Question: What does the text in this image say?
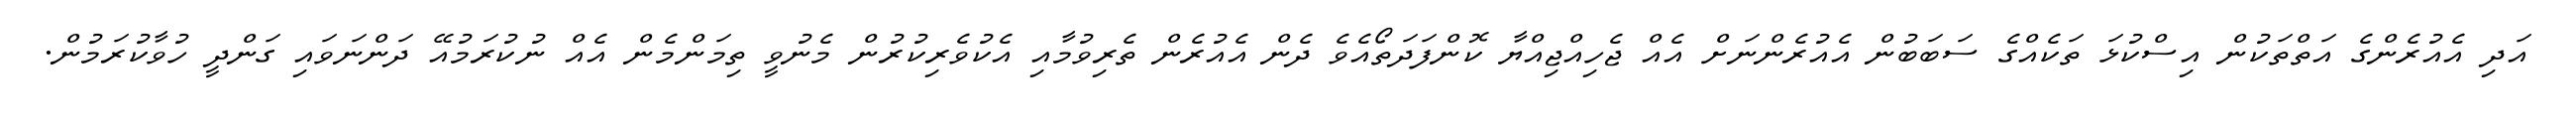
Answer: އަދި އެއުރެންގެ އަތްތަކުން އިސްކުޅަ ތަކެއްގެ ސަބަބުން އެއުރެންނަށް އެއް ޖެހިއްޖިއްޔާ ކޮންފަދަތޯއެވެ ދެން އެއުރެން ތެރިވުމާއި އެކުވެރިކުރުން މެނުވީ ތިމަންމެން އެއް ނުކުރަމުއޭ ދަންނަވައި ގަންދީ ހުވާކުރަމުން.